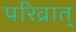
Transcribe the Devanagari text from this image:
परिव्रात्